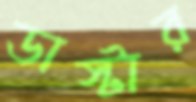
ডাস্টার